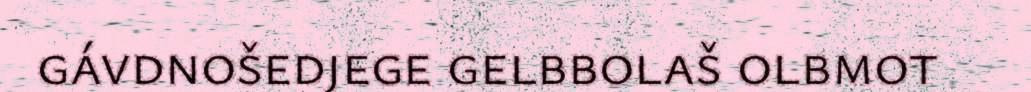
gávdnošedjege gelbbolaš olbmot